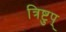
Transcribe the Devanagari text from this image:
त्रिष्टुप्‌